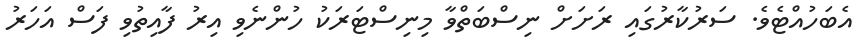
އެބަހުއްޓެވެ. ސަރުކާރުގައި ރަށަށް ނިސްބަތްވާ މިނިސްޓަރަކު ހުންނެވި އިރު ފާއިތުވި ފަސް އަހަރު